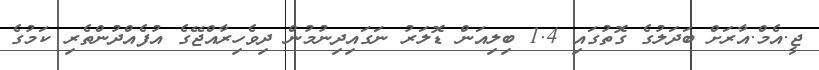
ޖީ.އެމް.އާރަށް ބަދަލުގެ ގޮތުގައި 1.4 ބިލިއަން ޑޮލަރު ނަގައިދިނުމުން ދިވެހިރާއްޖޭގެ އުފެއްދުންތެރި ކަމުގެ